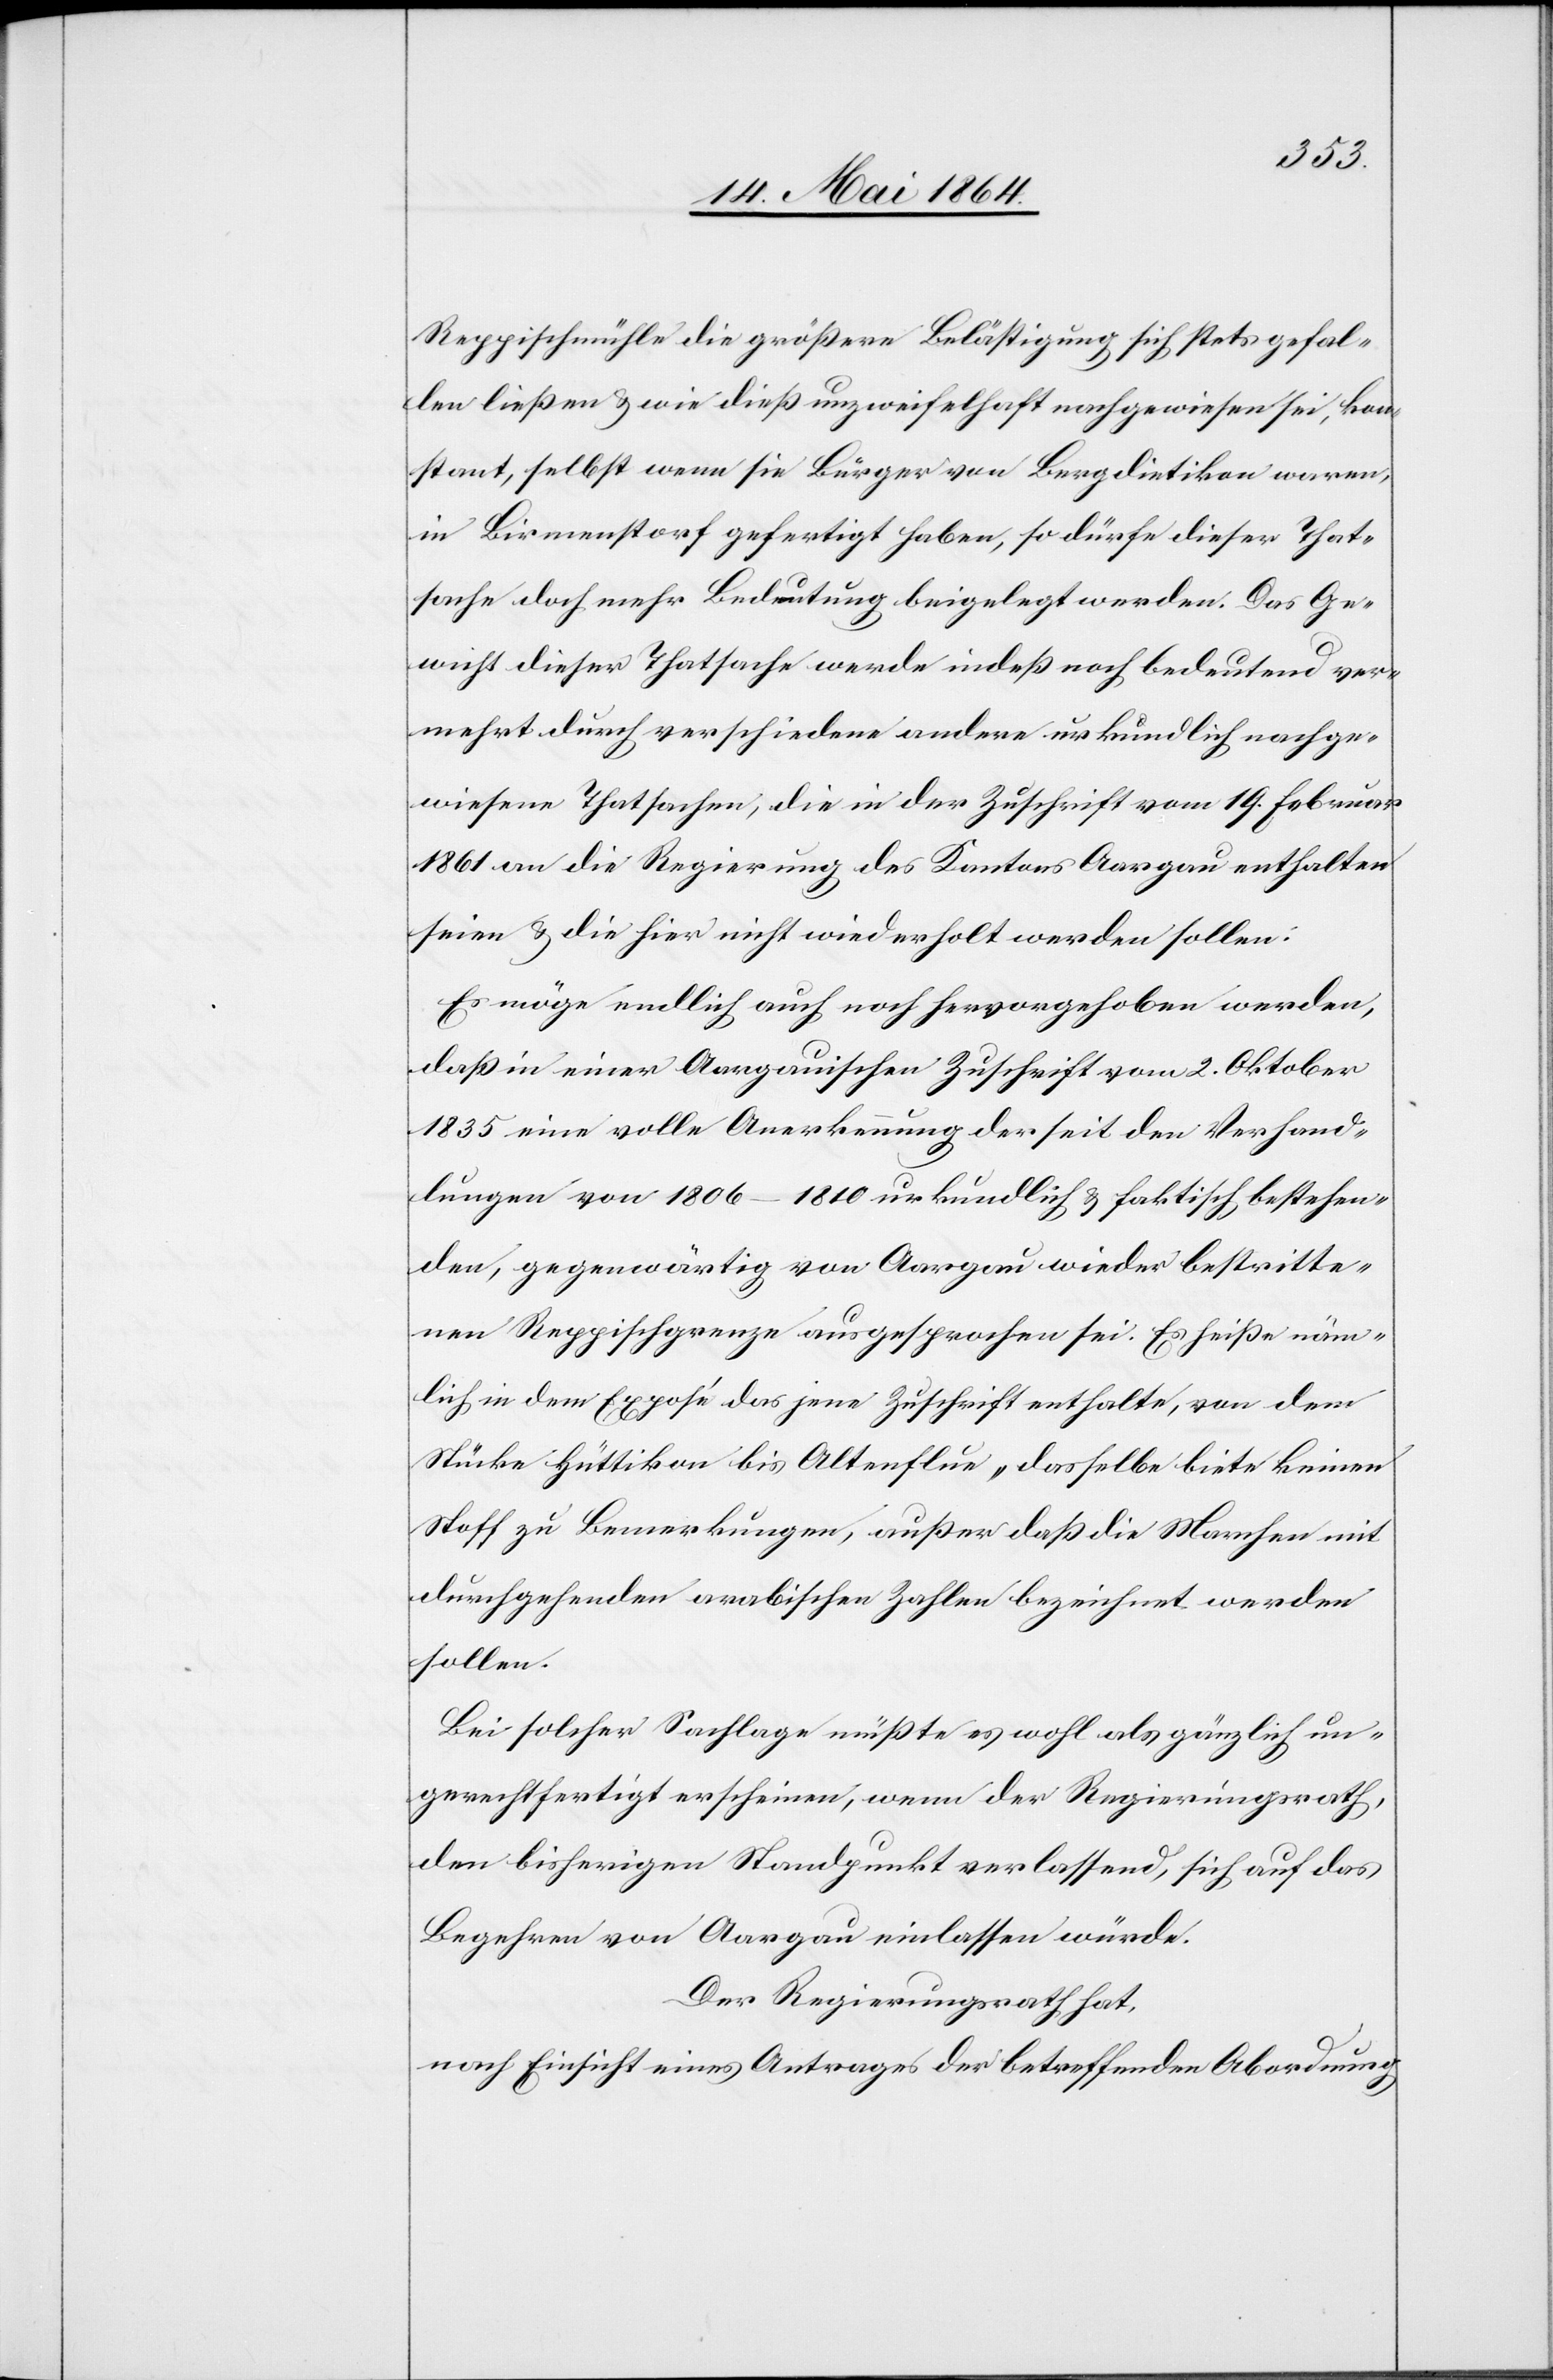
Reppischmühle die größere Belästigung sich stets gefal¬
len ließen u. wie dieß unzweifelhaft nachgewiesen sei, kon¬
stant, selbst wenn sie Bürger von Bergdietikon waren,
in Birmenstorf gefertigt haben, so dürfe dieser That¬
sache doch mehr Bedeutung beigelegt werden. Das Ge¬
wicht dieser Thatsache werde indeß noch bedeutend ver¬
mehrt durch verschiedene andere urkundlich nachge¬
wiesene Thatsachen, die in der Zuschrift vom 19. Feburar
1861 an die Regierung des Kantons Aargau enthalten
seien u. die hier nicht wiederholt werden sollen.
Es möge endlich auch noch hervorgehoben werden,
daß in einer Aargauischen Zuschrift vom 2. Oktober
1835 eine volle Anerkennung der seit den Verhand¬
lungen von 1806–1810 urkundlich u. faktisch bestehen¬
den, gegenwärtig von Aargau wieder bestritte¬
nen Reppischgrenze ausgesprochen sei. Es heiße näm¬
lich in dem Exposé das jene Zuschrift enthalte, von dem
Stücke Hüttikon bis Altenflue „dasselbe biete keinen
Stoff zu Bemerkungen, außer daß die Marchen mit
durchgehenden arabischen Zahlen bezeichnet werden
sollen.“
Bei solcher Sachlage müßte es wohl als gänzlich un¬
gerechtfertigt erscheinen, wenn der Regierungsrath,
den bisherigen Standpunkt verlassend, sich auf das
Begehren von Aargau einlassen würde.
Der Regierungsrath hat,
nach Einsicht eines Antrages der betreffenden Abordnung